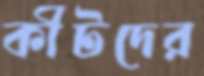
কীটদের